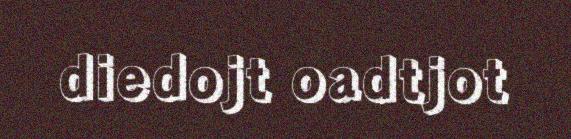
diedojt oadtjot